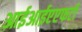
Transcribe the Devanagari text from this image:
आईआईएएफटी